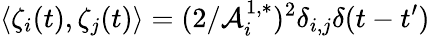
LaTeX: \left\langle\zeta_{i}(t),\zeta_{j}(t)\right\rangle=(2/\mathcal{A}_{i}^{1,*})^{2}\delta_{i,j}\delta(t-t^{\prime})